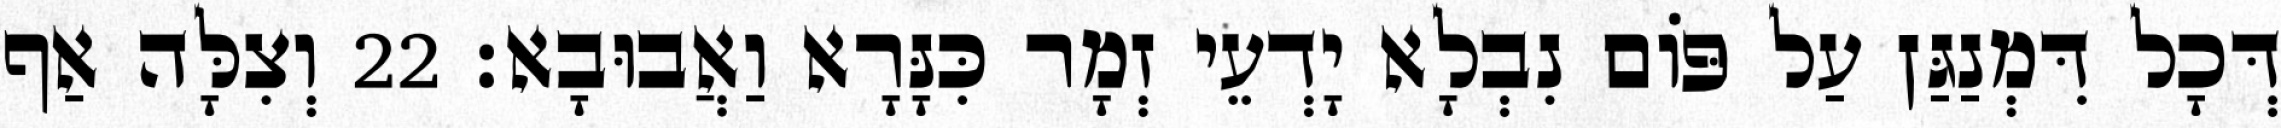
דְּכָל דִּמְנַגַּן עַל פּוֹם נִבְלָא יָדְעֵי זְמָר כִּנָּרָא וַאֲבוּבָא׃ 22 וְצִלָּה אַף